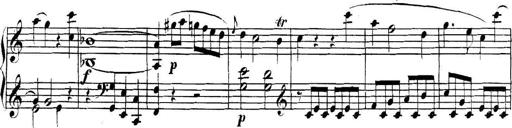
Title: Collected Piano Sonatas
Composer: Muzio Clementi